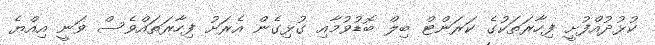
ކުޅުދުއްފުށީ ފިހާރަތަކުގެ ކަރަންޓް ބިލް ބޮޑުވުމާއި ގުޅިގެން އެރަށު ފިހާރަތައްވެސް ވަނީ އިއްޔެ